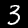
Digit: 3